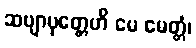
ဆဗျာပုတ္တေဟိ မေ မေတ္တံ၊